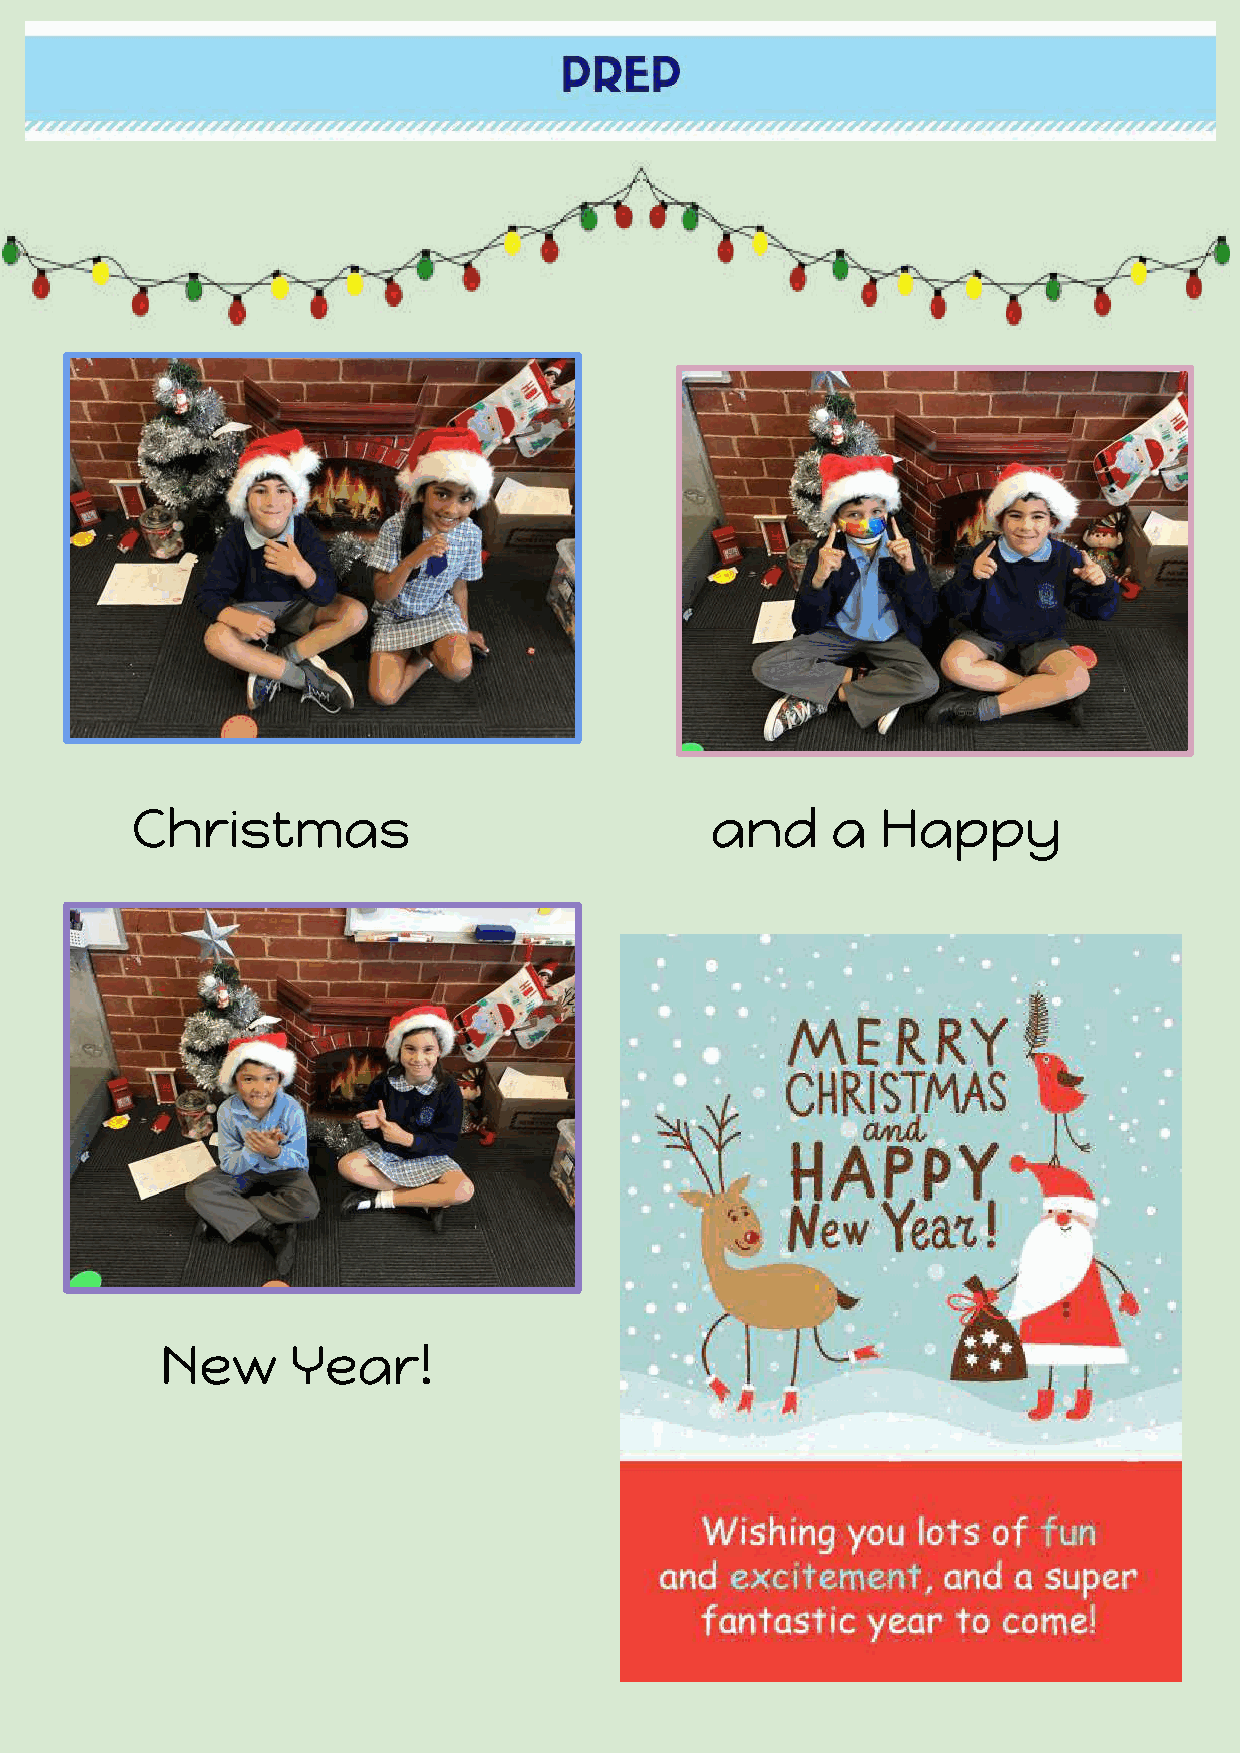
Christmas                             and     a  Happy
 New     Year!